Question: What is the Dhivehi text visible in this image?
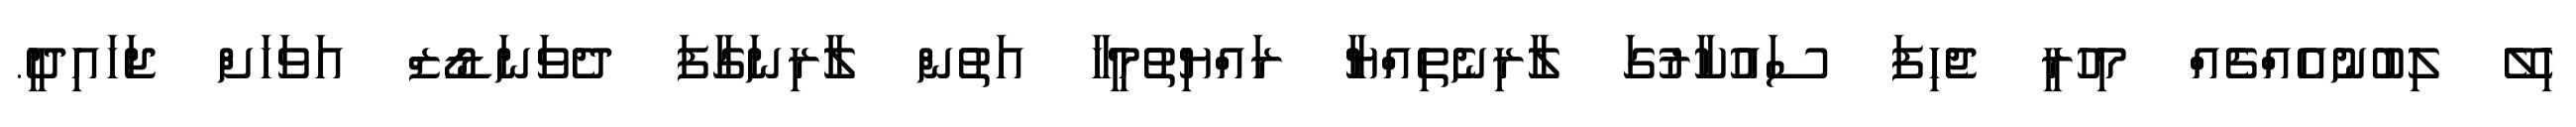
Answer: ހިލޭ ލިބުނުއެއްޗެއް މިހުރީ ޖެހިފަ ސައުކާރުގަ ލާރިނެތިއްޔާ ރައްޔިތުމީހާ އަތުން ލާރިނަގާފަ ދެވަނަޑޯޒް އަވަހަށް ޖަހައިދީ.